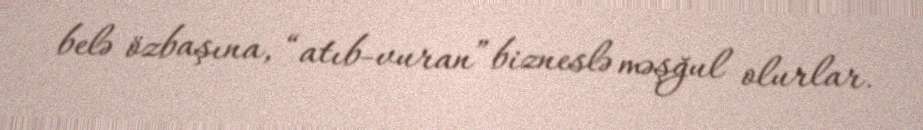
belə özbaşına, “atıb-vuran” bizneslə məşğul olurlar.